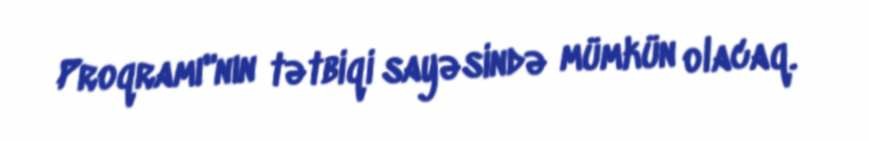
Proqramı"nın tətbiqi sayəsində mümkün olacaq.